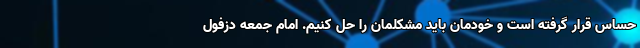
حساس قرار گرفته است و خودمان باید مشکلمان را حل کنیم. امام جمعه دزفول